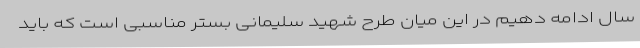
سال ادامه دهیم در این میان طرح شهید سلیمانی بستر مناسبی است که باید